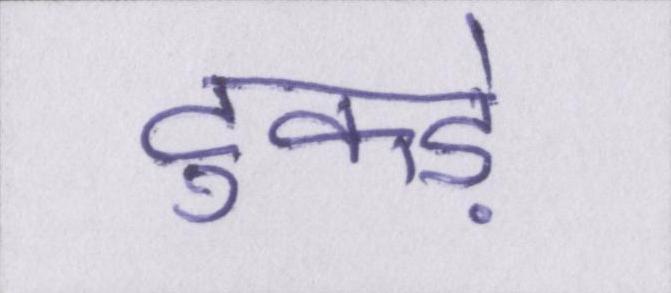
टुकड़े